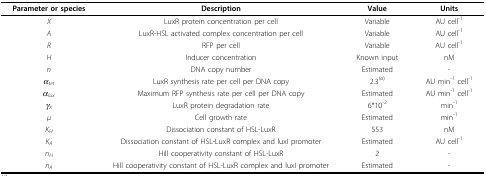
<table><thead><tr><td><b>Parameter or species</b></td><td><b>Description</b></td><td><b>Value</b></td><td><b>Units</b></td></tr></thead><tbody><tr><td><i>X</i></td><td>LuxR protein concentration per cell</td><td>Variable</td><td>AU cell<sup>-1</sup></td></tr><tr><td><i>A</i></td><td>LuxR-HSL activated complex concentration per cell</td><td>Variable</td><td>AU cell<sup>-1</sup></td></tr><tr><td><i>R</i></td><td>RFP per cell</td><td>Variable</td><td>AU cell<sup>-1</sup></td></tr><tr><td><i>H</i></td><td>Inducer concentration</td><td>Known input</td><td>nM</td></tr><tr><td><i>n</i></td><td>DNA copy number</td><td>Estimated</td><td>-</td></tr><tr><td><i>α<sub>tet</sub></i></td><td>LuxR synthesis rate per cell per DNA copy</td><td>2.3<sup>(<i>a</i>)</sup></td><td>AU min<sup>-1 </sup>cell<sup>-1</sup></td></tr><tr><td><i>α<sub>lux</sub></i></td><td>Maximum RFP synthesis rate per cell per DNA copy</td><td>Estimated</td><td>AU min<sup>-1 </sup>cell<sup>-1</sup></td></tr><tr><td><i>γ<sub>X</sub></i></td><td>LuxR protein degradation rate</td><td>6*10<sup>-2</sup></td><td>min<sup>-1</sup></td></tr><tr><td><i>μ</i></td><td>Cell growth rate</td><td>Estimated</td><td>min<sup>-1</sup></td></tr><tr><td><i>K<sub>H</sub></i></td><td>Dissociation constant of HSL-LuxR</td><td>553</td><td>nM</td></tr><tr><td><i>K<sub>A</sub></i></td><td>Dissociation constant of HSL-LuxR complex and luxI promoter</td><td>Estimated</td><td>AU cell<sup>-1</sup></td></tr><tr><td><i>n<sub>H</sub></i></td><td>Hill cooperativity constant of HSL-LuxR</td><td>2</td><td>-</td></tr><tr><td><i>n<sub>A</sub></i></td><td>Hill cooperativity constant of HSL-LuxR complex and luxI promoter</td><td>Estimated</td><td>-</td></tr></tbody></table>